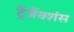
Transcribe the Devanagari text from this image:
ट्रैंज़ैंक्शंस